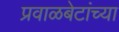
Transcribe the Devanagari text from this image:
प्रवाळबेटांच्या